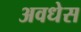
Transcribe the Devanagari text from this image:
अवधेस